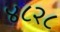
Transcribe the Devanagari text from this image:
४८२८